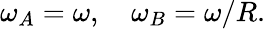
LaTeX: \omega_{A}=\omega,\quad\omega_{B}=\omega/R.